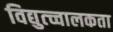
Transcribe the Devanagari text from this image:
विद्युत्च्चालकता